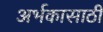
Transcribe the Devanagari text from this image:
अर्भकासाठी